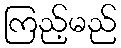
ကြည့်မည်